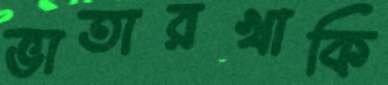
ভাতারখাকি